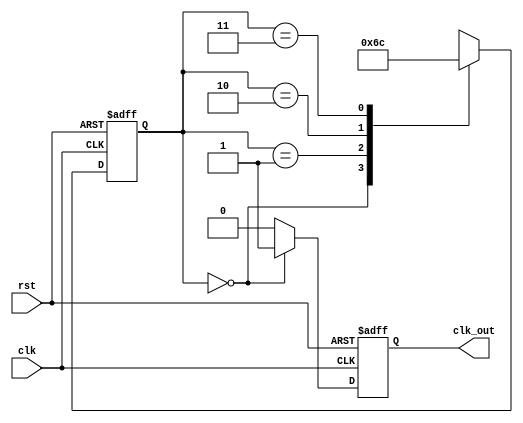
`timescale 1ns/1ns

module huawei7(
	input wire clk  ,
	input wire rst  ,
	output reg clk_out
);

//*************code***********//
reg[1:0] state, next_state;

always @(posedge clk or negedge rst) begin
	if(!rst) begin
		state <= 0;
	end
	else begin
		state <= next_state;
	end
end

always @(*) begin
	case (state)
		0: next_state <= 1;
		1: next_state <= 2;
		2: next_state <= 3;
		3: next_state <= 0;
		default: next_state <= 0;
	endcase
end

always @(posedge clk or negedge rst) begin
	if(!rst) begin
		clk_out <= 0;
	end
	else begin
		clk_out <= (state == 0)? 1 : 0;
	end
end
//*************code***********//
endmodule